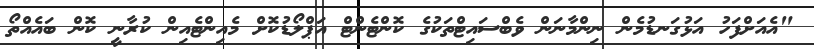
"އެއަށްފަހު އަޅުގަނޑުމެން ނިންމާނަން ވެބްސައިޓްތަކުގެ ކޮންޓެންޓް އަޕްލޯޑުކޮށް މެއިންޓެއިން ކުރާނީ ކޮން ބައެއްތޯ